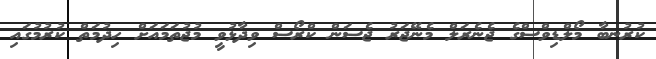
ކުރުނބާ މޯލްޑިވްސްގެ ޖެނެރަލް މެނޭޖަރު ޖެސަން ކްރޯސް ވިދާޅުވީ މުޖުތަމައަށް ހިދުމަތް ކުރުމުގައި